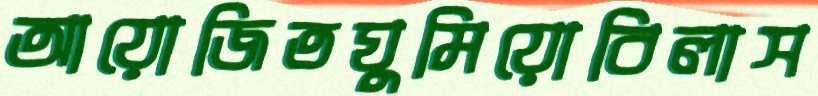
আয়োজিতঘুমিয়োবিলাস